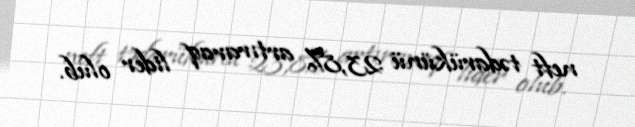
neft tədarükünü 23,8% artıraraq lider olub.